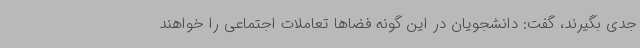
جدی بگیرند، گفت: دانشجویان در این گونه فضاها تعاملات اجتماعی را خواهند